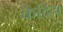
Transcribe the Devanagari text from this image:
केदिन